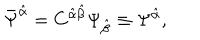
\bar { \Psi } ^ { \hat { \alpha } } = C ^ { \hat { \alpha } \hat { \beta } } \Psi _ { \hat { \beta } } \equiv \Psi ^ { \hat { \alpha } } ,